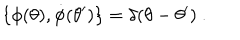
\{ \phi ( \theta ) , \dot { \phi } ( \theta ^ { \prime } ) \} = \delta ( \theta - \theta ^ { \prime } ) \ .